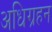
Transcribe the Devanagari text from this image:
अधिग्रहन